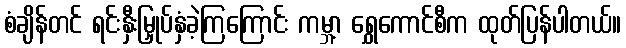
စံချိန်တင် ရင်းနှီးမြှုပ်နှံခဲ့ကြကြောင်း ကမ္ဘာ့ ရွှေကောင်စီက ထုတ်ပြန်ပါတယ်။